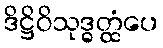
ဒိဋ္ဌိဝိသုဒ္ဓတ္ထံပေ